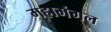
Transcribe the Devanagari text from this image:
महामंगल